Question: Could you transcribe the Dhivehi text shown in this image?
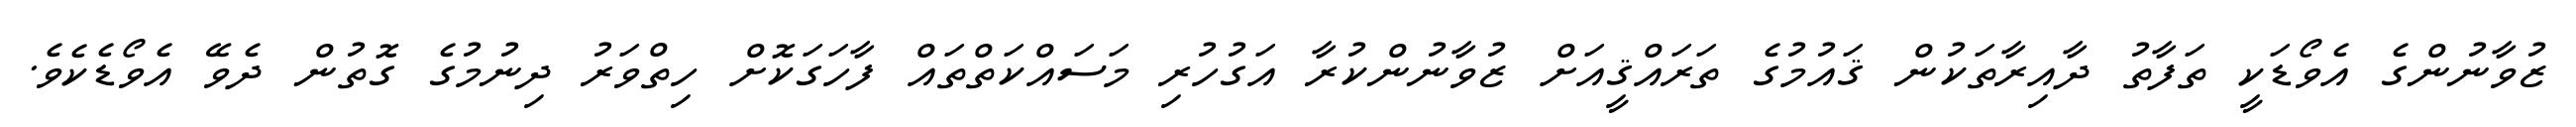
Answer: ޒުވާނުންގެ އެވޯޑަކީ ތަފާތު ދާއިރާތަކުން ޤައުމުގެ ތަރައްޤީއަށް ޒުވާނުންކުރާ އަގުހުރި މަސައްކަތްތައް ފާހަގަކޮށް ހިތްވަރު ދިނުމުގެ ގޮތުން ދެވޭ އެވޯޑެކެވެ.